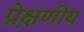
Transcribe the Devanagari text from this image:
प्रे़क्षणीय